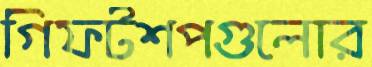
গিফটশপগুলোর